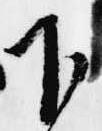
下